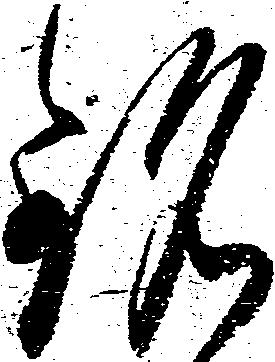
銘